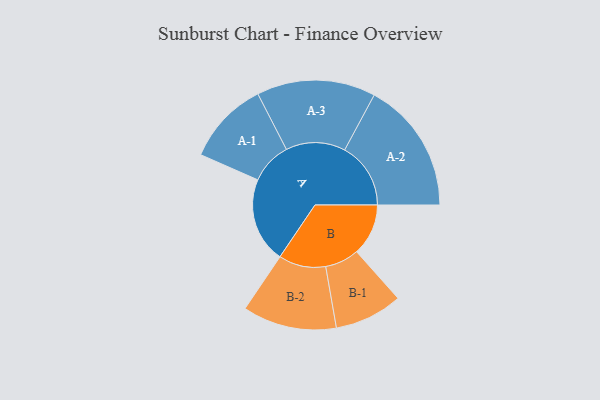
{"axis": {"x": "Segment", "y": "Value"}, "legend": ["", "A", "B"], "data": [{"x": "A", "y": 386, "type": ""}, {"x": "B", "y": 234, "type": ""}, {"x": "A-1", "y": 189, "type": "A"}, {"x": "A-2", "y": 299, "type": "A"}, {"x": "A-3", "y": 269, "type": "A"}, {"x": "B-1", "y": 154, "type": "B"}, {"x": "B-2", "y": 213, "type": "B"}]}